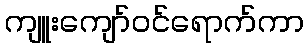
ကျူးကျော်ဝင်ရောက်ကာ